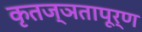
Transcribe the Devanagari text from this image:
कृतज्ञतापूर्ण